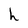
Character: h